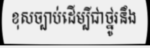
ខុសច្បាប់ដើម្បីជាថ្នូរនឹង